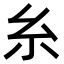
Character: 糸